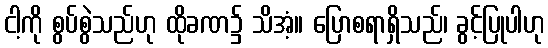
ငါ့ကို စွပ်စွဲသည်ဟု ထိုခဏ၌ သိအံ့။ ပြောစရာရှိသည်၊ ခွင့်ပြုပါဟု